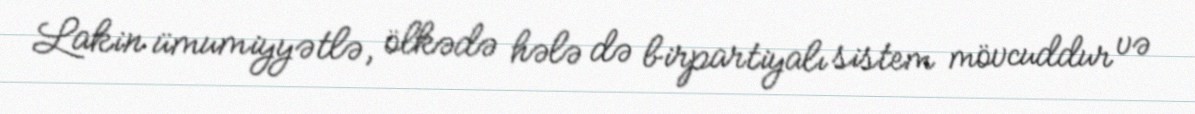
Lakin ümumiyyətlə, ölkədə hələ də birpartiyalı sistem mövcuddur və